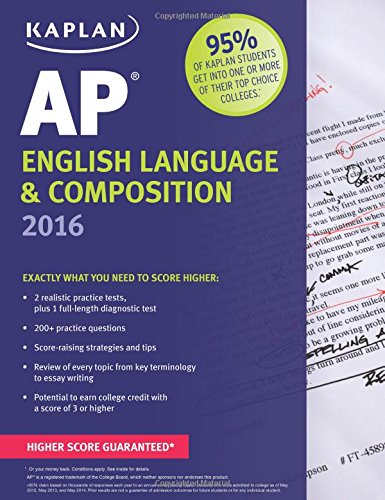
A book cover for Kaplan AP English Language & Composition 2016 (Kaplan Test Prep); Denise Pivarnik-Nova; Test Preparation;